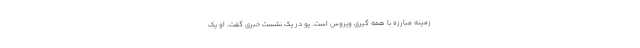
زمینه مبارزه با همه گیری ویروس است. یو در یک نشست خبری گفت، او یک